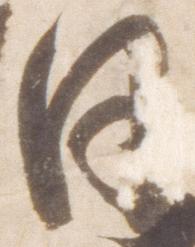
日